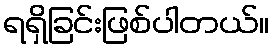
ရရှိခြင်းဖြစ်ပါတယ်။